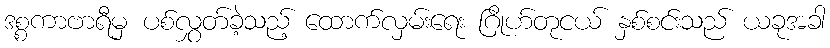
ဒစ္စကာဗာရီမှ ပစ်လွှတ်ခဲ့သည့် ထောက်လှမ်းရေး ဂြိုဟ်တုငယ် နှစ်စင်းသည် ယခုအခါ